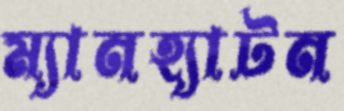
ম্যানহ্যাটন